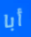
أبا